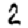
Digit: 2